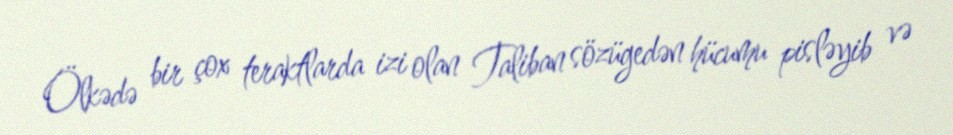
Ölkədə bir çox teraktlarda izi olan Taliban sözügedən hücumu pisləyib və